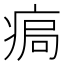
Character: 𤶹